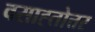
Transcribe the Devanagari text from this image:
वसाह्तोत्तर